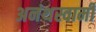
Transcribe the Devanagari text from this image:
अनंथस्वामी